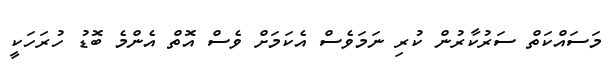
މަސައްކަތް ސަރުކާރުން ކުރި ނަމަވެސް އެކަމަށް ވެސް އޮތް އެންމެ ބޮޑު ހުރަހަކީ